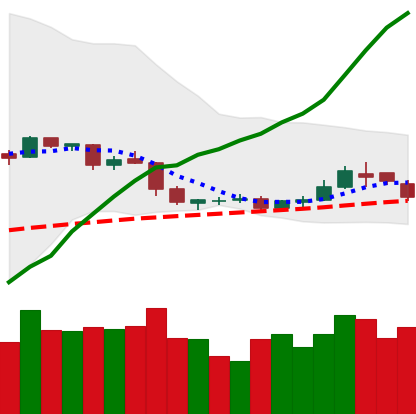
Ticker: DOGE-USD
Chart end date: 2019-05-06
Forward return: 8.34%
Label: up_7plus